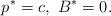
LaTeX: \begin{align*}p^*=c,~ B^*=0.\end{align*}